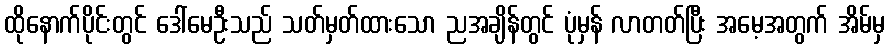
ထိုနောက်ပိုင်းတွင် ဒေါ်မေဦးသည် သတ်မှတ်ထားသော ညအချိန်တွင် ပုံမှန် လာတတ်ပြီး အမေ့အတွက် အိမ်မှ